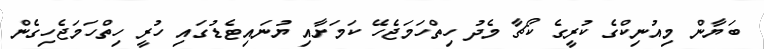
ބަޔާން މިއުނިކްގެ ކުރީގެ ކޯޗާ މެދު ހިތްހަމަޖެހޭ ކަމަށާއި ޔުނައިޓެޑުގައި ހުރީ ހިތްހަމަޖެހިގެން